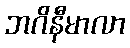
ဘဂိနီမာလာ